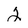
Character: 2